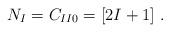
LaTeX: \begin{align*}N_I = C_{I I 0} = [2I+1] \ .\end{align*}